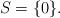
LaTeX: \begin{align*}S=\{0\}. \end{align*}